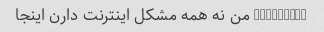
@irancell من نه همه مشکل اینترنت دارن اینجا